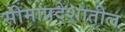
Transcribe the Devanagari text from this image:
सीमाप्रदेशातील